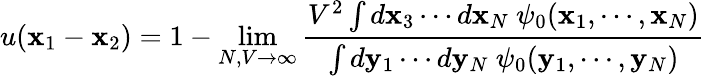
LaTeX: u(\mathbf x_{1}-\mathbf x_{2})=1-\operatorname*{lim}_{N,V\to\infty}\frac{V^{2}\int d\mathbf x_{3}\cdots d\mathbf x_{N}\ \psi_{0}(\mathbf x_{1},\cdots,\mathbf x_{N})}{\int d\mathbf y_{1}\cdots d\mathbf y_{N}\ \psi_{0}(\mathbf y_{1},\cdots,\mathbf y_{N})}